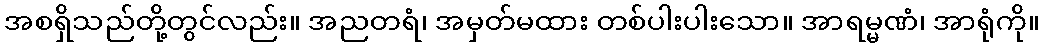
အစရှိသည်တို့တွင်လည်း။ အညတရံ၊ အမှတ်မထား တစ်ပါးပါးသော။ အာရမ္မဏံ၊ အာရုံကို။